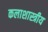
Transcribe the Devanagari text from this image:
कलाशास्त्रीय